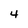
Character: 4